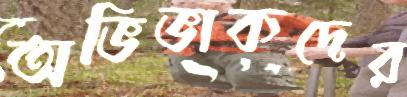
অভিভাকদের